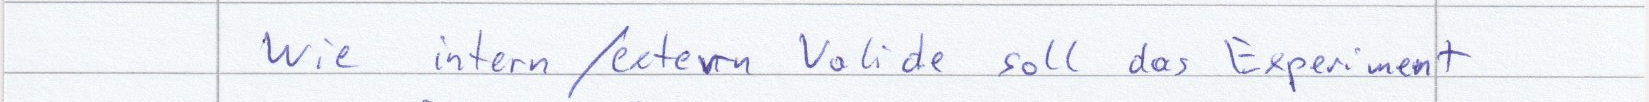
Wie intern / extern Valide soll das Experiment